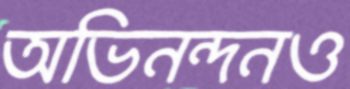
অভিনন্দনও